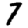
Digit: 7